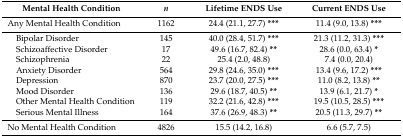
<table><thead><tr><td><b>Mental Health Condition</b></td><td><b><i>n</i></b></td><td><b>Lifetime ENDS Use</b></td><td><b>Current ENDS Use</b></td></tr></thead><tbody><tr><td>Any Mental Health Condition</td><td>1162</td><td>24.4 (21.1, 27.7) <b>***</b></td><td>11.4 (9.0, 13.8) <b>***</b></td></tr><tr><td> Bipolar Disorder</td><td>145</td><td>40.0 (28.4, 51.7) <b>***</b></td><td>21.3 (11.2, 31.3) <b>***</b></td></tr><tr><td> Schizoaffective Disorder</td><td>17</td><td>49.6 (16.7, 82.4) <b>**</b></td><td>28.6 (0.0, 63.4) <b>*</b></td></tr><tr><td> Schizophrenia</td><td>22</td><td>25.4 (2.0, 48.8)</td><td>7.4 (0.0, 20.4)</td></tr><tr><td> Anxiety Disorder</td><td>564</td><td>29.8 (24.6, 35.0) <b>***</b></td><td>13.4 (9.6, 17.2) <b>***</b></td></tr><tr><td> Depression</td><td>870</td><td>23.7 (20.0, 27.5) <b>***</b></td><td>11.0 (8.2, 13.8) <b>**</b></td></tr><tr><td> Mood Disorder</td><td>136</td><td>29.6 (18.7, 40.5) <b>**</b></td><td>13.9 (6.1, 21.7) <b>*</b></td></tr><tr><td> Other Mental Health Condition</td><td>119</td><td>32.2 (21.6, 42.8) <b>***</b></td><td>19.5 (10.5, 28.5) <b>***</b></td></tr><tr><td> Serious Mental Illness</td><td>164</td><td>37.6 (26.9, 48.3) <b>**</b></td><td>20.5 (11.3, 29.7) <b>**</b></td></tr><tr><td>No Mental Health Condition</td><td>4826</td><td>15.5 (14.2, 16.8)</td><td>6.6 (5.7, 7.5)</td></tr></tbody></table>